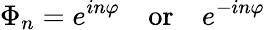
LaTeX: \Phi_{n}=e^{in\varphi}\, \, \, \, \, \, \mathrm{or}\, \, \, \, \, \, e^{-in\varphi}